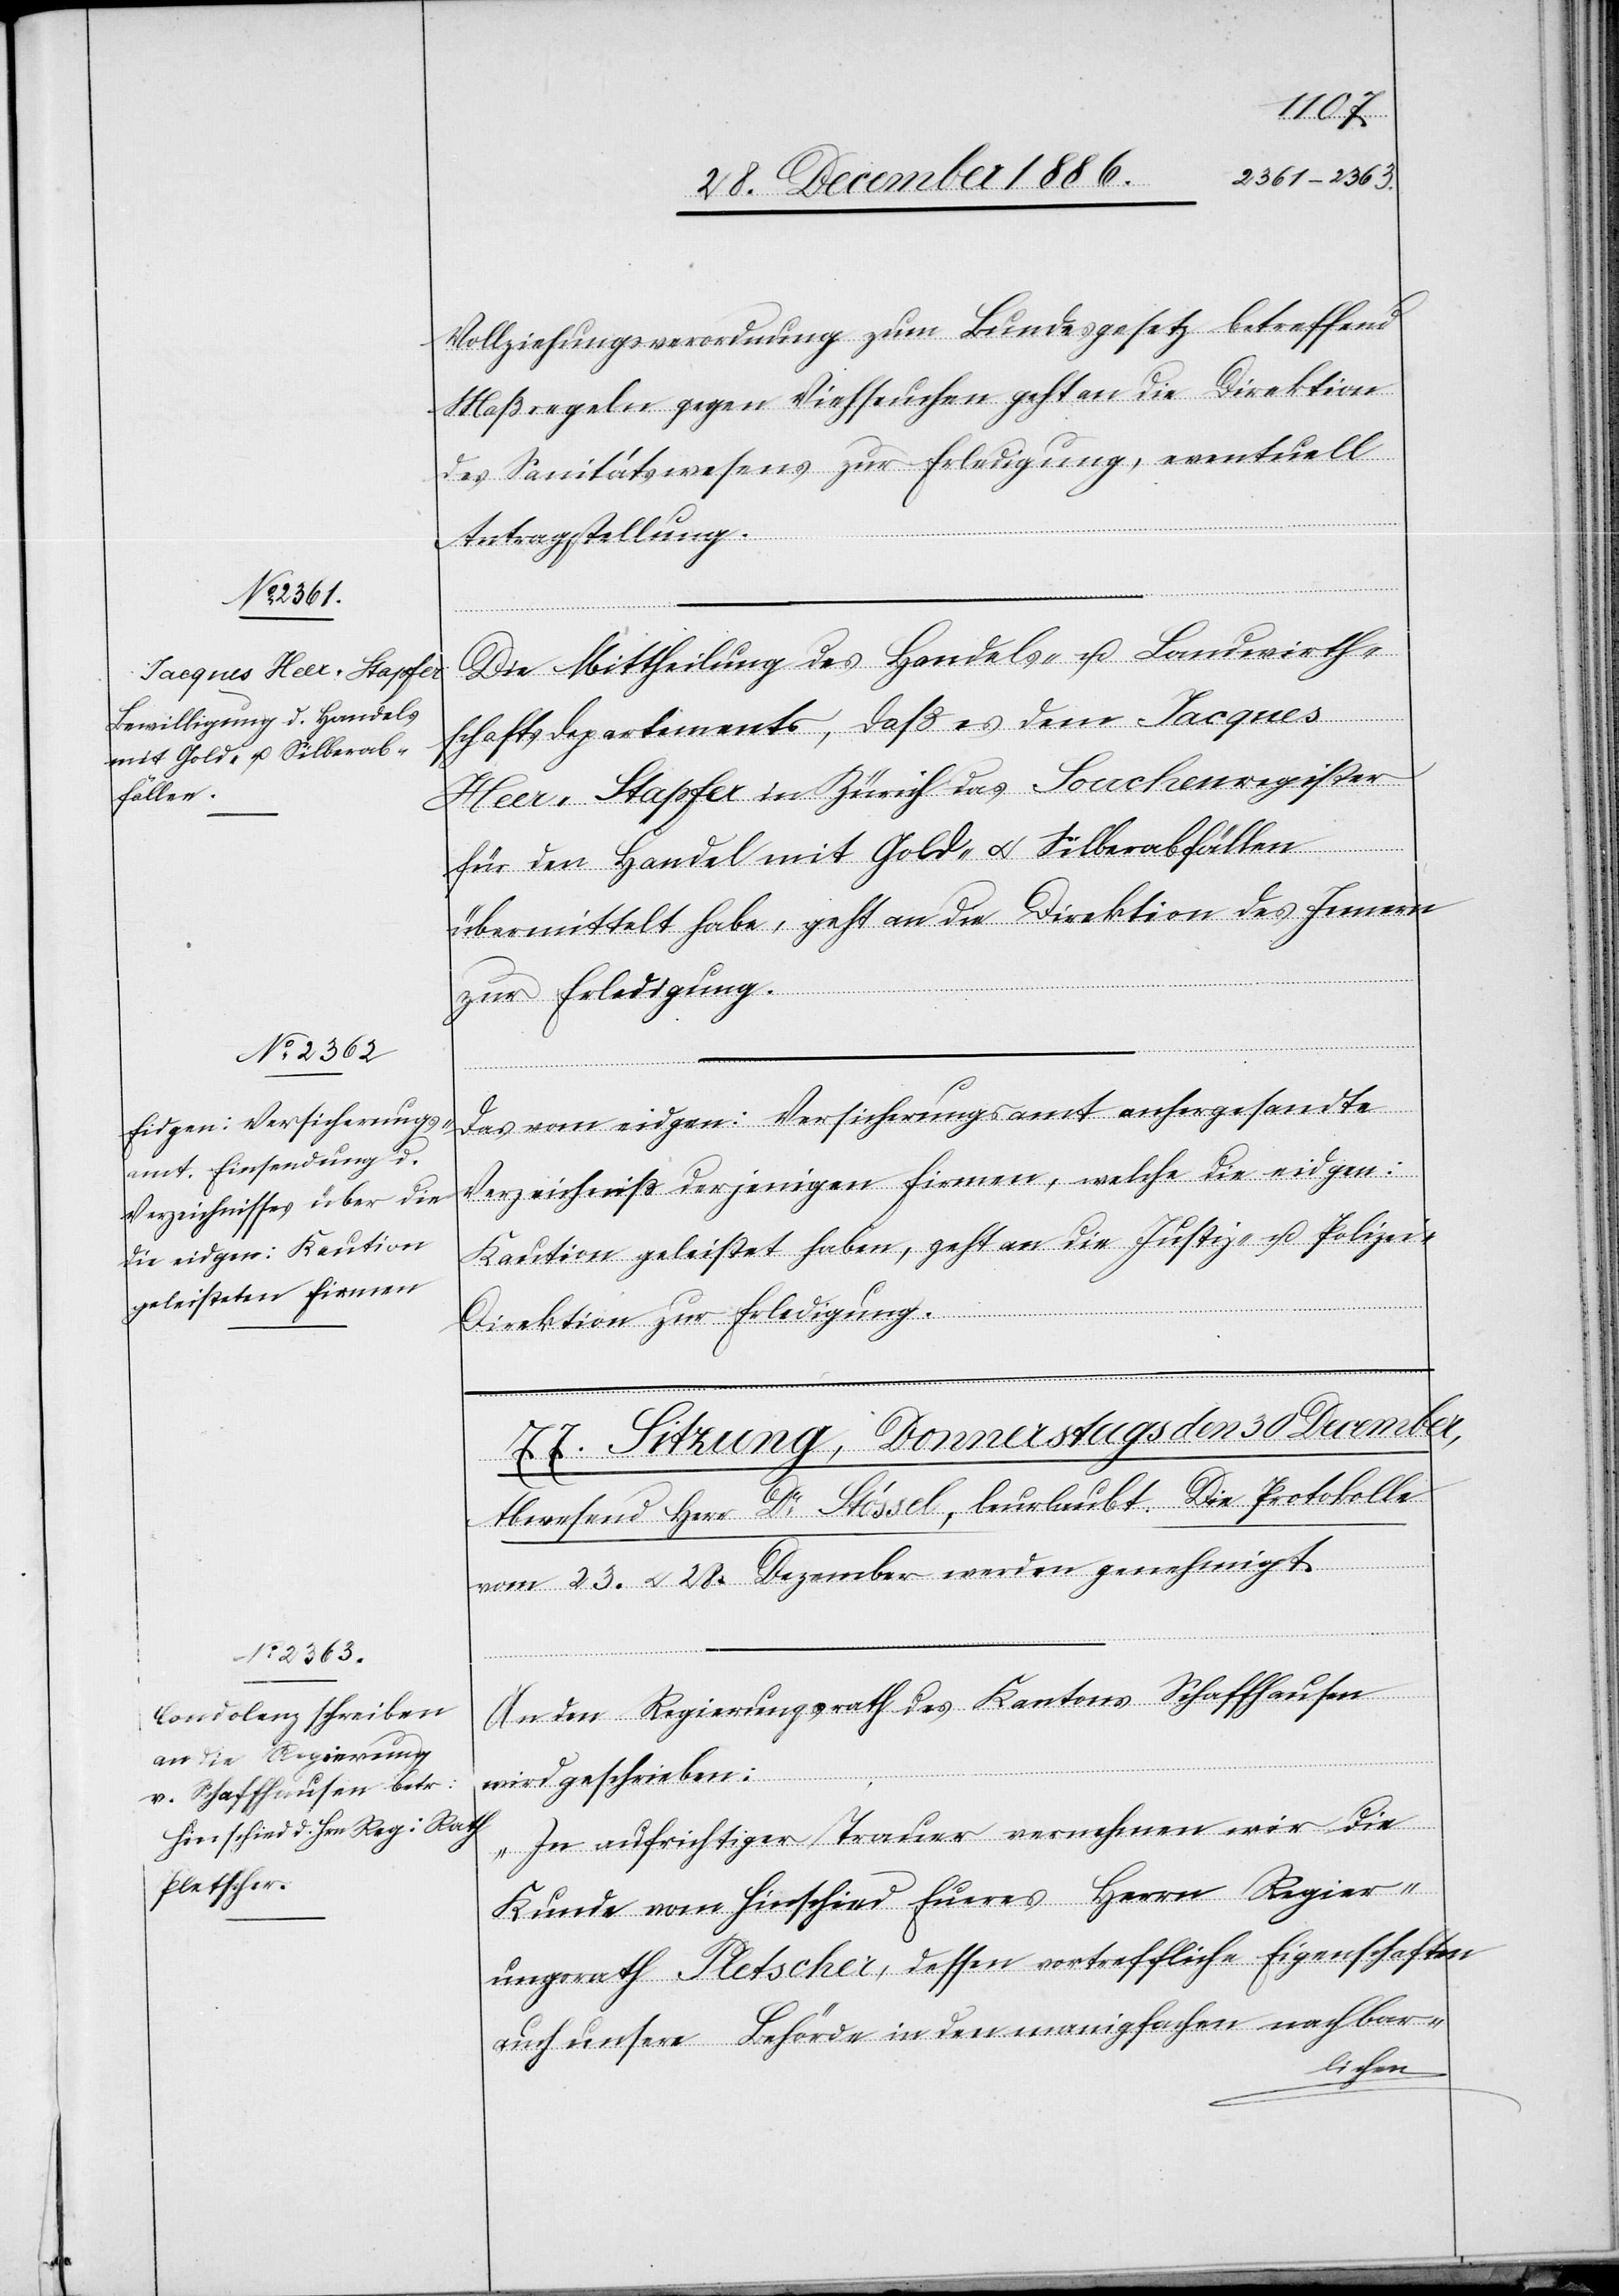
Vollziehungsverordnung zum Bundesgesetz betreffend
Maßregeln gegen Viehseuchen geht an die Direktion
des Sanitätswesens zur Erledigung, eventuell
Antragstellung.
Die Mittheilung des Handels- u. Landwirth¬
schaftsdepartements, daß es dem Jacques
Heer-Stapfer in Zürich das Souchenregister
für den Handel mit Gold- & Silberabfällen
übermittelt habe, geht an die Direktion des Innern
zur Erledigung.
Das vom eidgen: Versicherungsamt anhergesandte
Verzeichniß derjenigen Firmen, welche die eidgen:
Kaution geleistet haben, geht an die Justiz- u. Polizei-D¬
irektion zur Erledigung.
An den Regierungsrath des Kantons Schaffhausen
wird geschrieben:
„In aufrichtiger Trauer vernehmen wir die
Kunde vom Hinschied Eueres Herrn Regier¬
ungsrath Pletscher, dessen vortreffliche Eigenschaften
auch unsere Behörde in den manigfachen nachbar-